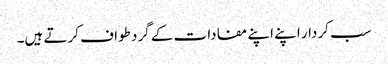
سب کردار اپنے اپنے مفادات کے گرد طواف کرتے ہیں۔